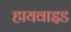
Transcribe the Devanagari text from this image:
हायवाइड